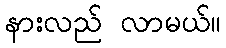
နားလည် လာမယ်။